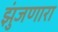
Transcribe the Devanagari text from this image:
झुंजणारा